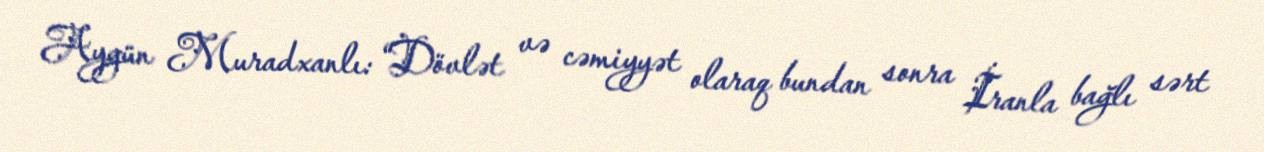
Aygün Muradxanlı: “Dövlət və cəmiyyət olaraq bundan sonra İranla bağlı sərt